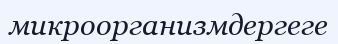
микроорганизмдергеге